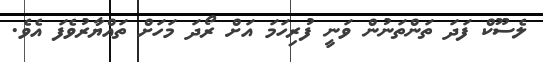
ލެސޫކް ފަދަ ތަންތަނުން ވަނީ ފުރިހަމަ އަށް ރޯދަ މަހަށް ތައްޔާރުވެފަ އެވެ.